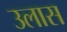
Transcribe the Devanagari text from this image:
उलास